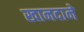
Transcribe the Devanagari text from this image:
खानदाने